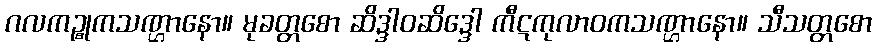
ဂလကဉ္စုကသဏ္ဌာနော။ မုခတ္တစော ဆိဒ္ဒါဝဆိဒ္ဒေါ ကီဋကုလာဝကသဏ္ဌာနော။ သီသတ္တစော